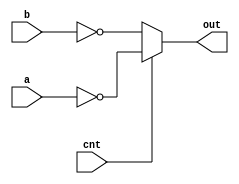
/*
   General introduction to Verilog code

   Example of an inverting multiplexor done is several
   coding styles
*/

// behavioural-level description of an inverting multiplexor
module mux_beh (out, cnt, a, b);
   output out;
   input  cnt, a, b;
   reg      out;

   always @(cnt or a or b)
      if (cnt == 1) out = ~a;
      else out = ~b;

endmodule // mux_gate

// behavioural-level description of an inverting multiplexor
module mux_beh_2 (out, cnt, a, b);
   output out;
   input  cnt, a, b;

   assign out = (cnt == 1) ? ~a: ~b;

endmodule // mux_gate

// functional-level description of an inverting multiplexor
module mux_func (out, cnt, a, b);
   output out;
   input  cnt, a, b;

   assign out = ~((cnt & a) |(~cnt & b));

endmodule // mux_gate

// gate-level description of an inverting multiplexor
module mux_gate (out, cnt, a, b);
   output out;
   input  cnt, a, b;

   wire     cntBar;
   wire     aval, bval;

   not (cntBar, cnt);
   and (aval, cnt, a);
   and (bval, cntBar, b);
   nor (out, aval, bval);

endmodule // mux_gate

// NECESSARY TEST stimulus to verify designs
module stimulus;
   reg    a, b, c;
   wire   out1, out2, out3, out4;
   integer i;

   mux_beh_2 mod1 (out1, c, a, b);
   mux_beh   mod2 (out2, c, a, b);
   mux_func  mod3 (out3, c, a, b);
   mux_gate  mod4 (out4, c, a, b);

   initial begin
      for (i = 0; i < 8; i = i + 1) begin
      {a, b, c} = i[2:0];
      #10 $display ($time, " %b %b %b  -  %b %b %b %b",
                 a, b, c, out1, out2, out3, out4);
      end
      #10 $finish;
   end // initial begin

endmodule // stimulus